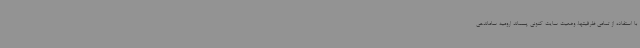
با استفاده از تمامی ظرفیتها، وضعیت سایت کنونی پسماند ارومیه ساماندهی